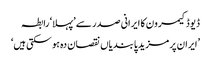
ڈیوڈ کیمرون کا ایرانی صدر سے ’پہلا‘ رابطہ
’ایران پر مزید پابندیاں نقصان دہ ہو سکتی ہیں‘